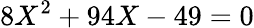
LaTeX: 8X^{2}+94X-49=0